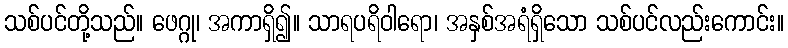
သစ်ပင်တို့သည်။ ဖေဂ္ဂု၊ အကာရှိ၍။ သာရပရိဝါရော၊ အနှစ်အရံရှိသော သစ်ပင်လည်းကောင်း။